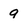
Character: 9